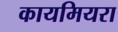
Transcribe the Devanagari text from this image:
कायमियरा